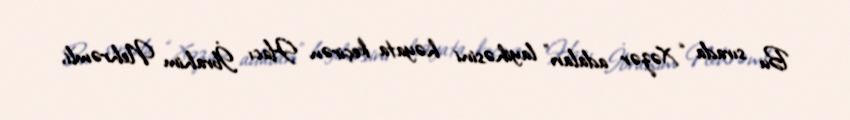
Bu sırada “Xəzər adaları” layihəsini həyata keçirən Hacı İbrahim Nehrəmli,